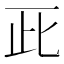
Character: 𠀢